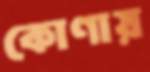
কোণায়